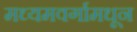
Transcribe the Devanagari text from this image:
मध्यमवर्गामधून